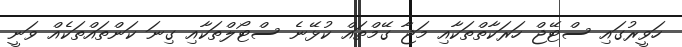
ހަވީރުގައި ސްޓޭޖް ހަރަކާތްތަކާއި މަޖާ ގޭމްތައް ކުޅޭނެ ސްޓޯލްތަކާއި ގިނަ ކަންތައްތަކެއް ވަނީ